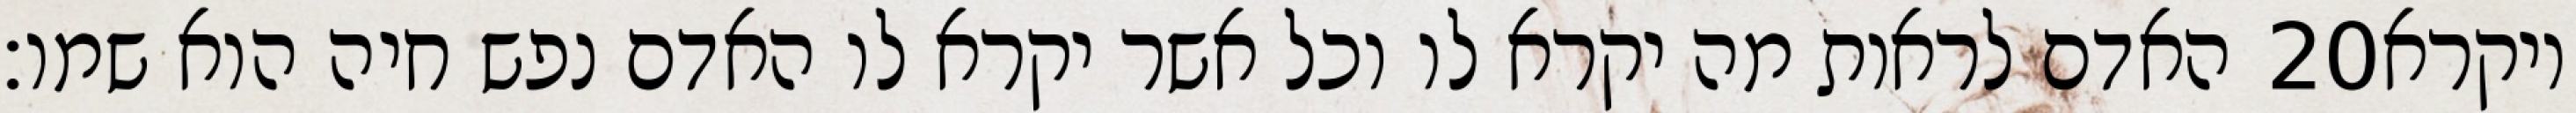
האדם לראות מה יקרא לו וכל אשר יקרא לו האדם נפש חיה הוא שמו׃ ‎20‏ ויקרא